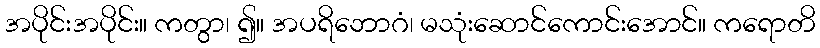
အပိုင်းအပိုင်း။ ကတွာ၊ ၍။ အပရိဘောဂံ၊ မသုံးဆောင်ကောင်းအောင်။ ကရောတိ